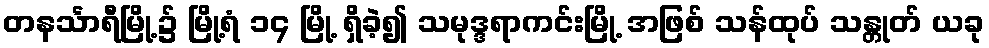
တနင်္သာရီမြို့၌ မြို့ရံ ၁၄ မြို့ ရှိခဲ့၍ သမုဒ္ဒရာကင်းမြို့ အဖြစ် သန်ထုပ် သန္တုတ် ယခု